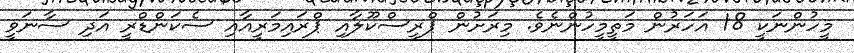
މީހުންނަކީ 18 އަހަރުން މަތީމީހުންނެވެ. މިރަށުން ޕްރީސްކޫލާއި ޕްރައިމަރީއާއި ސެކަންޑްރީ އަދި ސާނަވީ